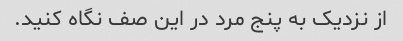
از نزدیک به پنج مرد در این صف نگاه کنید.